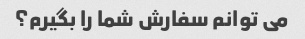
می توانم سفارش شما را بگیرم؟